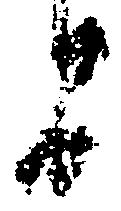
間